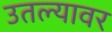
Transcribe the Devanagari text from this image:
उतल्यावर